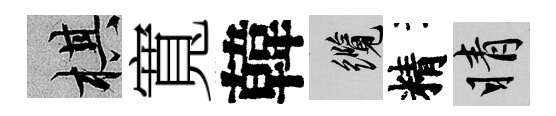
棋寬韓纜精睛